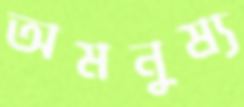
অমনুষ্য